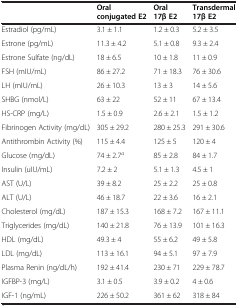
<table><thead><tr><td><b> </b></td><td><b>Oral conjugated E2</b></td><td><b>Oral 17β E2</b></td><td><b>Transdermal 17β E2</b></td></tr></thead><tbody><tr><td>Estradiol (pg/mL)</td><td>3.1 ± 1.1</td><td>1.2 ± 0.3</td><td>5.2 ± 3.5</td></tr><tr><td>Estrone (pg/mL)</td><td>11.3 ± 4.2</td><td>5.1 ± 0.8</td><td>9.3 ± 2.4</td></tr><tr><td>Estrone Sulfate (ng/dL)</td><td>18 ± 6.5</td><td>10 ± 1.8</td><td>11 ± 0.9</td></tr><tr><td>FSH (mIU/mL)</td><td>86 ± 27.2</td><td>71 ± 18.3</td><td>76 ± 30.6</td></tr><tr><td>LH (mIU/mL)</td><td>26 ± 10.3</td><td>13 ± 3</td><td>14 ± 5.6</td></tr><tr><td>SHBG (nmol/L)</td><td>63 ± 22</td><td>52 ± 11</td><td>67 ± 13.4</td></tr><tr><td>HS-CRP (mg/L)</td><td>1.5 ± 0.9</td><td>2.6 ± 2.1</td><td>1.5 ± 1.2</td></tr><tr><td>Fibrinogen Activity (mg/dL)</td><td>305 ± 29.2</td><td>280 ± 25.3</td><td>291 ± 30.6</td></tr><tr><td>Antithrombin Activity (%)</td><td>115 ± 4.4</td><td>125 ± 5</td><td>120 ± 4</td></tr><tr><td>Glucose (mg/dL)</td><td>74 ± 2.7<sup><i>a</i></sup></td><td>85 ± 2.8</td><td>84 ± 1.7</td></tr><tr><td>Insulin (uIU/mL)</td><td>7.2 ± 2</td><td>5.1 ± 1.3</td><td>4.5 ± 1</td></tr><tr><td>AST (U/L)</td><td>39 ± 8.2</td><td>25 ± 2.2</td><td>25 ± 0.8</td></tr><tr><td>ALT (U/L)</td><td>46 ± 18.7</td><td>22 ± 3.6</td><td>16 ± 2.1</td></tr><tr><td>Cholesterol (mg/dL)</td><td>187 ± 15.3</td><td>168 ± 7.2</td><td>167 ± 11.1</td></tr><tr><td>Triglycerides (mg/dL)</td><td>140 ± 21.8</td><td>76 ± 13.9</td><td>101 ± 16.3</td></tr><tr><td>HDL (mg/dL)</td><td>49.3 ± 4</td><td>55 ± 6.2</td><td>49 ± 5.8</td></tr><tr><td>LDL (mg/dL)</td><td>113 ± 16.1</td><td>94 ± 5.1</td><td>97 ± 7.9</td></tr><tr><td>Plasma Renin (ng/dL/h)</td><td>192 ± 41.4</td><td>230 ± 71</td><td>229 ± 78.7</td></tr><tr><td>IGFBP-3 (mg/L)</td><td>3.1 ± 0.5</td><td>3.9 ± 0.2</td><td>4 ± 0.6</td></tr><tr><td>IGF-1 (ng/mL)</td><td>226 ± 50.2</td><td>361 ± 62</td><td>318 ± 84</td></tr></tbody></table>